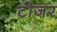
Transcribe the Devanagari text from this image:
टोजर